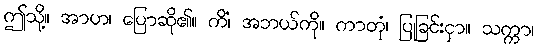
ဤသို့။ အာဟ၊ ပြောဆို၏။ ကိံ၊ အဘယ်ကို။ ကာတုံ၊ ပြုခြင်းငှာ။ သက္ကာ၊